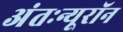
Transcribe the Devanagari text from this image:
अंतःन्यूरॉन